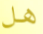
هل